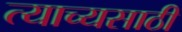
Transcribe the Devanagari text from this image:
त्याच्यसाठी